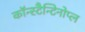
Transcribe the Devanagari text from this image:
कॉन्स्टैन्टिनोप्ल